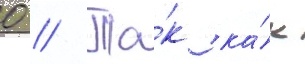
0 // Та́к ка́к